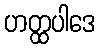
ဟတ္ထပါဒေ